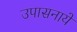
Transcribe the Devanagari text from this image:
उपासनायें